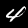
Digit: 4